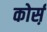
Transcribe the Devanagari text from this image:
कोर्स़